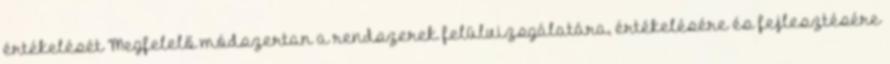
értékelését Megfelelő módszertan a rendszerek felülvizsgálatára, értékelésére és fejlesztésére